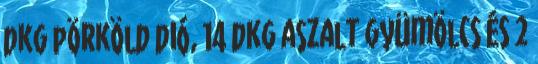
dkg pörköld dió, 14 dkg aszalt gyümölcs és 2